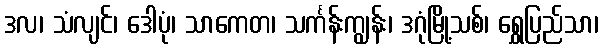
ဒလ၊ သံလျင်၊ ဒေါပုံ၊ သာကေတ၊ သင်္ကန်းကျွန်း၊ ဒဂုံမြို့သစ်၊ ရွှေပြည်သာ၊